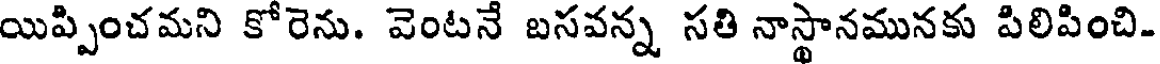
యిప్పించమని కోరెను. వెంటనే బసవన్న సతి నాస్థానమునకు పిలిపించి-